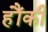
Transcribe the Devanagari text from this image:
हौंकी